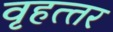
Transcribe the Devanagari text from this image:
वृहत्‍तर